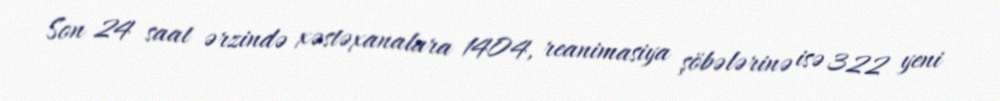
Son 24 saat ərzində xəstəxanalara 1404, reanimasiya şöbələrinə isə 322 yeni